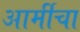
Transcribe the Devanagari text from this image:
आर्मीचा